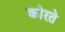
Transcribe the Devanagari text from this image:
कोरते